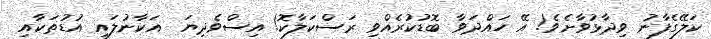
ކަލޭގެފާނު ވިދާޅުވާށެވެ! އޭ ހައްދަވާ ބޮޑުކުރެއްވި ރަސްކަލާކޮ! އިސްވެދިޔަ  އަކާނުލައި އުޑުތަކާއި